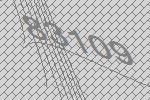
83109